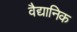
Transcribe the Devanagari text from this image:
वैद्यानिक